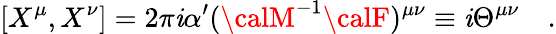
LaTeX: [X^{\mu},X^{\nu}]=2\pi\mathit{i}\alpha^{\prime}({\calM}^{-1}{\calF})^{\mu\nu}\equiv\mathit{i}\Theta^{\mu\nu}\quad.